画像に写った文字を読んでください
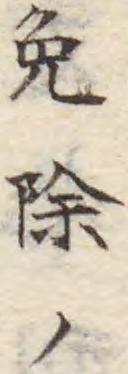
「免除ノ」と書いてあります